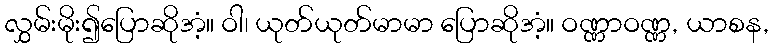
လွှမ်းမိုး၍ပြောဆိုအံ့။ ဝါ၊ ယုတ်ယုတ်မာမာ ပြောဆိုအံ့။ ဝဏ္ဏာဝဏ္ဏ, ယာစန,